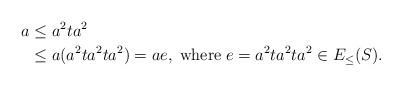
LaTeX: \begin{align*}a &\leq a^2 ta^2\\ & \leq a(a^2 ta^2 ta^2)= ae, \;\textrm{where} \;e= a^2 ta^2ta^2 \in E_\leq(S).\end{align*}